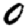
Digit: 0